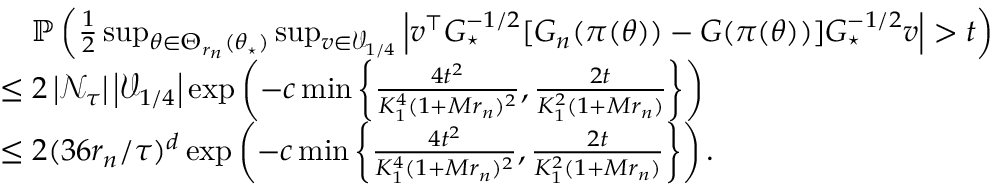
\begin{array} { r l } & { \quad \operatorname { \mathbb P } \left( \frac 1 2 \operatorname* { s u p } _ { \theta \in \Theta _ { r _ { n } } ( \theta _ { \star } ) } \operatorname* { s u p } _ { v \in \mathcal { V } _ { 1 / 4 } } \left| v ^ { \top } G _ { \star } ^ { - 1 / 2 } [ G _ { n } ( \pi ( \theta ) ) - G ( \pi ( \theta ) ) ] G _ { \star } ^ { - 1 / 2 } v \right| > t \right) } \\ & { \le 2 \left| \mathcal { N } _ { \tau } \right| \left| \mathcal { V } _ { 1 / 4 } \right| \exp \left( - c \operatorname* { m i n } \left\{ \frac { 4 t ^ { 2 } } { K _ { 1 } ^ { 4 } ( 1 + M r _ { n } ) ^ { 2 } } , \frac { 2 t } { K _ { 1 } ^ { 2 } ( 1 + M r _ { n } ) } \right\} \right) } \\ & { \le 2 ( 3 6 r _ { n } / \tau ) ^ { d } \exp \left( - c \operatorname* { m i n } \left\{ \frac { 4 t ^ { 2 } } { K _ { 1 } ^ { 4 } ( 1 + M r _ { n } ) ^ { 2 } } , \frac { 2 t } { K _ { 1 } ^ { 2 } ( 1 + M r _ { n } ) } \right\} \right) . } \end{array}